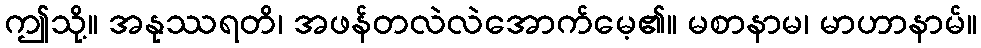
ဤသို့။ အနုဿရတိ၊ အဖန်တလဲလဲအောက်မေ့၏။ မစာနာမ၊ မာဟာနာမ်။